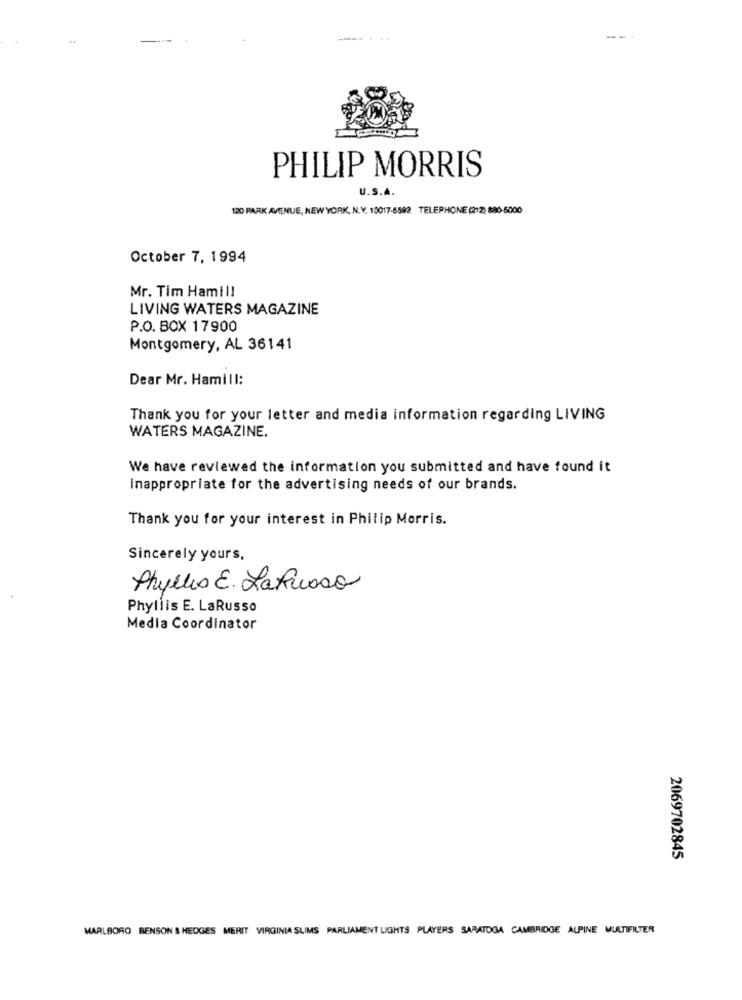
PHILIP MORRIS
U.S.A.
120 PARK AVENUE, NEW YORK, N.Y. 10017-6592 TELEPHONE (212) 880-5000
October 7, 1994
Mr. Tim Hamill
LIVING WATERS MAGAZINE
P.O. BOX 17900
Montgomery, AL 36141
Dear Mr. Hamill:
Thank you for your letter and media information regarding LIVING
WATERS MAGAZINE.
We have reviewed the information you submitted and have found it
Inappropriate for the advertising needs of our brands.
Thank you for your interest in Philip Morris.
Sincerely yours,
Phyllis E. La Russo
Phyllis E. LaRusso
Media Coordinator
2069702845
MARLBORO BENSON & HEDGES MERIT VIRGINIA SLIMS PARLIAMENT LIGHTS PLAYERS SARATOGA CAMBRIDGE ALPINE MULTIFILTER